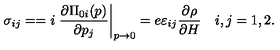
\sigma _ { i j } = = i \left. \frac { \partial \Pi _ { 0 i } ( p ) } { \partial p _ { j } } \right| _ { p \rightarrow 0 } = e \varepsilon _ { i j } \frac { \partial \rho } { \partial H } \quad i , j = 1 , 2 .